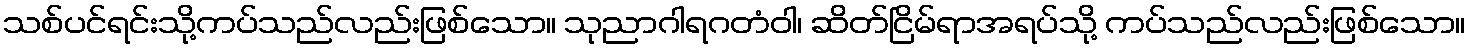
သစ်ပင်ရင်းသို့ကပ်သည်လည်းဖြစ်သော။ သုညာဂါရဂတံဝါ၊ ဆိတ်ငြိမ်ရာအရပ်သို့ ကပ်သည်လည်းဖြစ်သော။